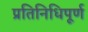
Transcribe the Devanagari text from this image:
प्रतिनिधिपूर्ण